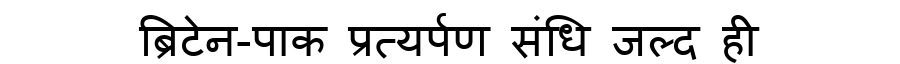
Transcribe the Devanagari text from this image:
ब्रिटेन-पाक प्रत्यर्पण संधि जल्द ही